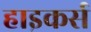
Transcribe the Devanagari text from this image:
हाइकर्स